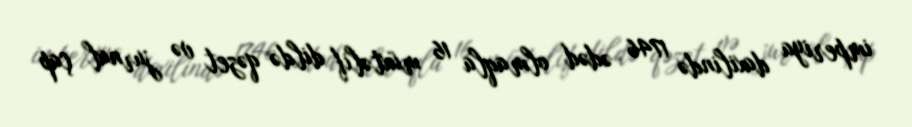
imperiya daxilində 1746 ədəd olmaqla 16 müxtəlif dildə qəzet və jurnal çap